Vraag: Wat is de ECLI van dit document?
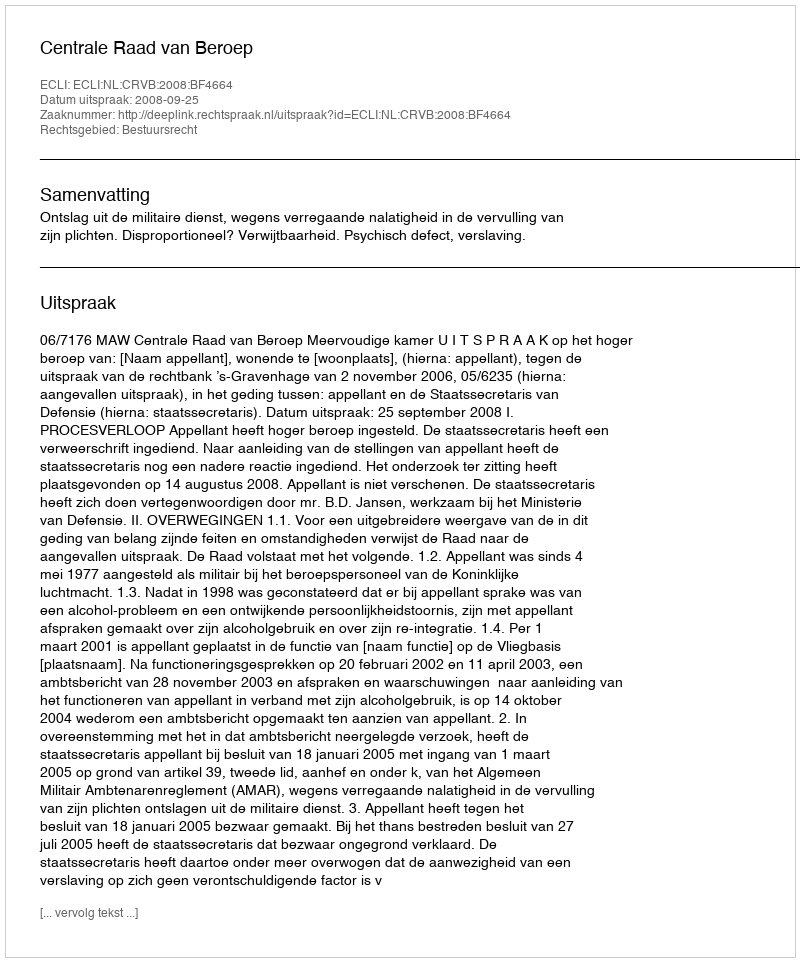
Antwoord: ECLI:NL:CRVB:2008:BF4664